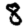
Digit: 8